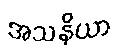
အသနိယာ